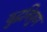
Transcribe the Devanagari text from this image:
युद्धनिपुण